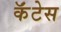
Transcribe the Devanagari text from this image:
कॅंटेस